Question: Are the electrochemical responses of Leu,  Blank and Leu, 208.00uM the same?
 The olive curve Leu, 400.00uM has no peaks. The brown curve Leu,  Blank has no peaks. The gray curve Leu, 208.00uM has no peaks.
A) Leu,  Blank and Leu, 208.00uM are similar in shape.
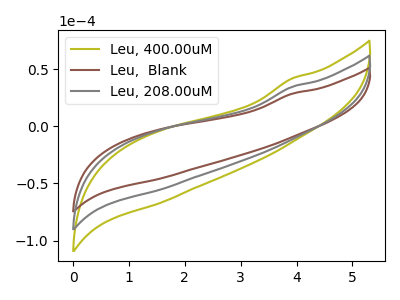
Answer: <think>Neither "Leu,  Blank" or "Leu, 208.00uM" have any peaks.
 </think>
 <answer>A) "Leu,  Blank" and "Leu, 208.00uM" are similar in shape.</answer>
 <eval>A</eval>